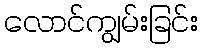
လောင်ကျွမ်းခြင်း